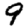
Digit: 9